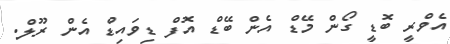
އެވްރީ ބޮޑީ ގޯން މޭޑް އެން ބޭޑް އޮފް ޑިވައިޑް އެން ރޫލް.